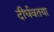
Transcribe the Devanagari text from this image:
दीर्घवतया